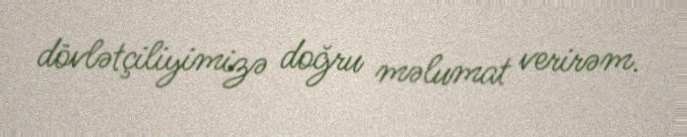
dövlətçiliyimizə doğru məlumat verirəm.